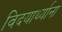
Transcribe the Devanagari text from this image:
विदयार्थ्याना